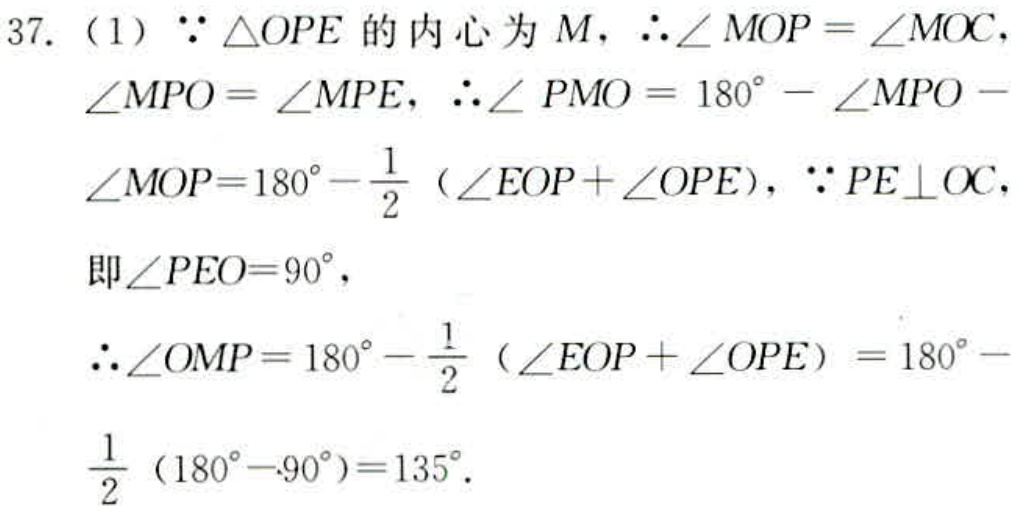
37.（1）\(\because \triangle OPE\)的内心为\(M\)，\(\therefore \angle MOP = \angle MOC\)，\(\angle MPO = \angle MPE\)，\(\therefore \angle PMO = 180^{\circ}-\angle MPO - \angle MOP=180^{\circ}-\frac{1}{2}(\angle EOP + \angle OPE)\)，\(\because PE\perp OC\)，即\(\angle PEO = 90^{\circ}\)，\(\therefore \angle OMP = 180^{\circ}-\frac{1}{2}(\angle EOP + \angle OPE)=180^{\circ}-\frac{1}{2}(180^{\circ}-90^{\circ}) = 135^{\circ}\).